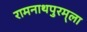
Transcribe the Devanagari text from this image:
रामनाथपुरम्‌ला